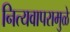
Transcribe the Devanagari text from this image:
नित्यवापरामुळे